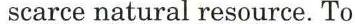
 scarce natural resource. To